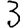
Digit: 3